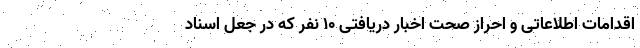
اقدامات اطلاعاتی و احراز صحت اخبار دریافتی ۱۰ نفر که در جعل اسناد